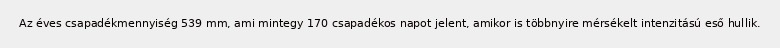
Az éves csapadékmennyiség 539 mm, ami mintegy 170 csapadékos napot jelent, amikor is többnyire mérsékelt intenzitású eső hullik.